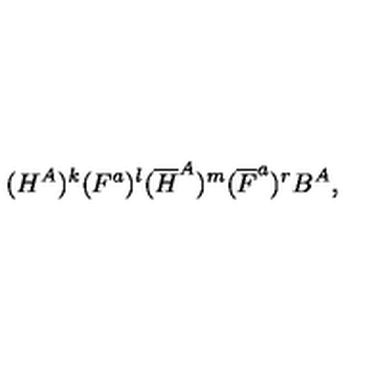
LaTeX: ( H ^ { A } ) ^ { k } ( F ^ { a } ) ^ { l } ( { \overline { H } } ^ { A } ) ^ { m } ( { \overline { F } } ^ { a } ) ^ { r } B ^ { A } ,